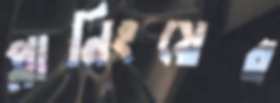
প্লানিংয়ের